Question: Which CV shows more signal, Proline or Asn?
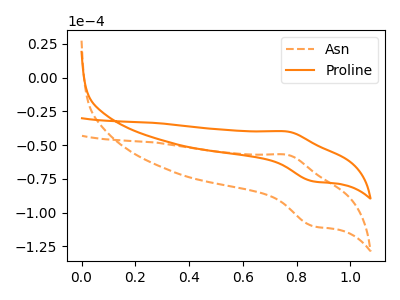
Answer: <think>The orange dashed curve "Asn" has an anodic peak at (0.75V, -57.15uA) and a cathodic peak at (0.85V, -109.95uA). The orange curve "Proline" has an anodic peak at (0.75V, -39.90uA) and a cathodic peak at (0.85V, -76.75uA).
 All the peaks in "Proline" have a peak in "Asn" at the same potential.</think>
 <answer>I cant tell if "Proline" or "Asn" has more signal.</answer>
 <eval>mixed_signal</eval>